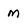
Character: m